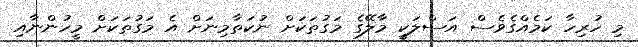
މި ހުރިހާ ކަމެއްގެވެސް އަސްލަކީ މާލޭގެ މަގުތަކަށް ނުކަތާމިނަށް އެ މަގުތަކަށް މީހުންނާއި